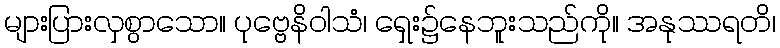
များပြားလှစွာသော။ ပုဗ္ဗေနိဝါသံ၊ ရှေး၌နေဘူးသည်ကို။ အနုဿရတိ၊